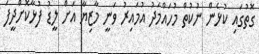
ގޮތުގައި ކުޅެން ނުކުތް މުހައްމަދު އުމައިރު ވަނީ މާޒިޔާ އަށް ލީޑު ފުޅާކޮށްދީފަ